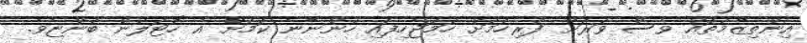
އިންތިޒާމުތައް ވެސް ވަރަށް ފުރިހަމަށް ހަމަޖެހިފައި ހުންނާނެ ކަމަށް އެ ހޮޓަލުން ބުންޏެވެ.